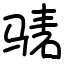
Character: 𬴃